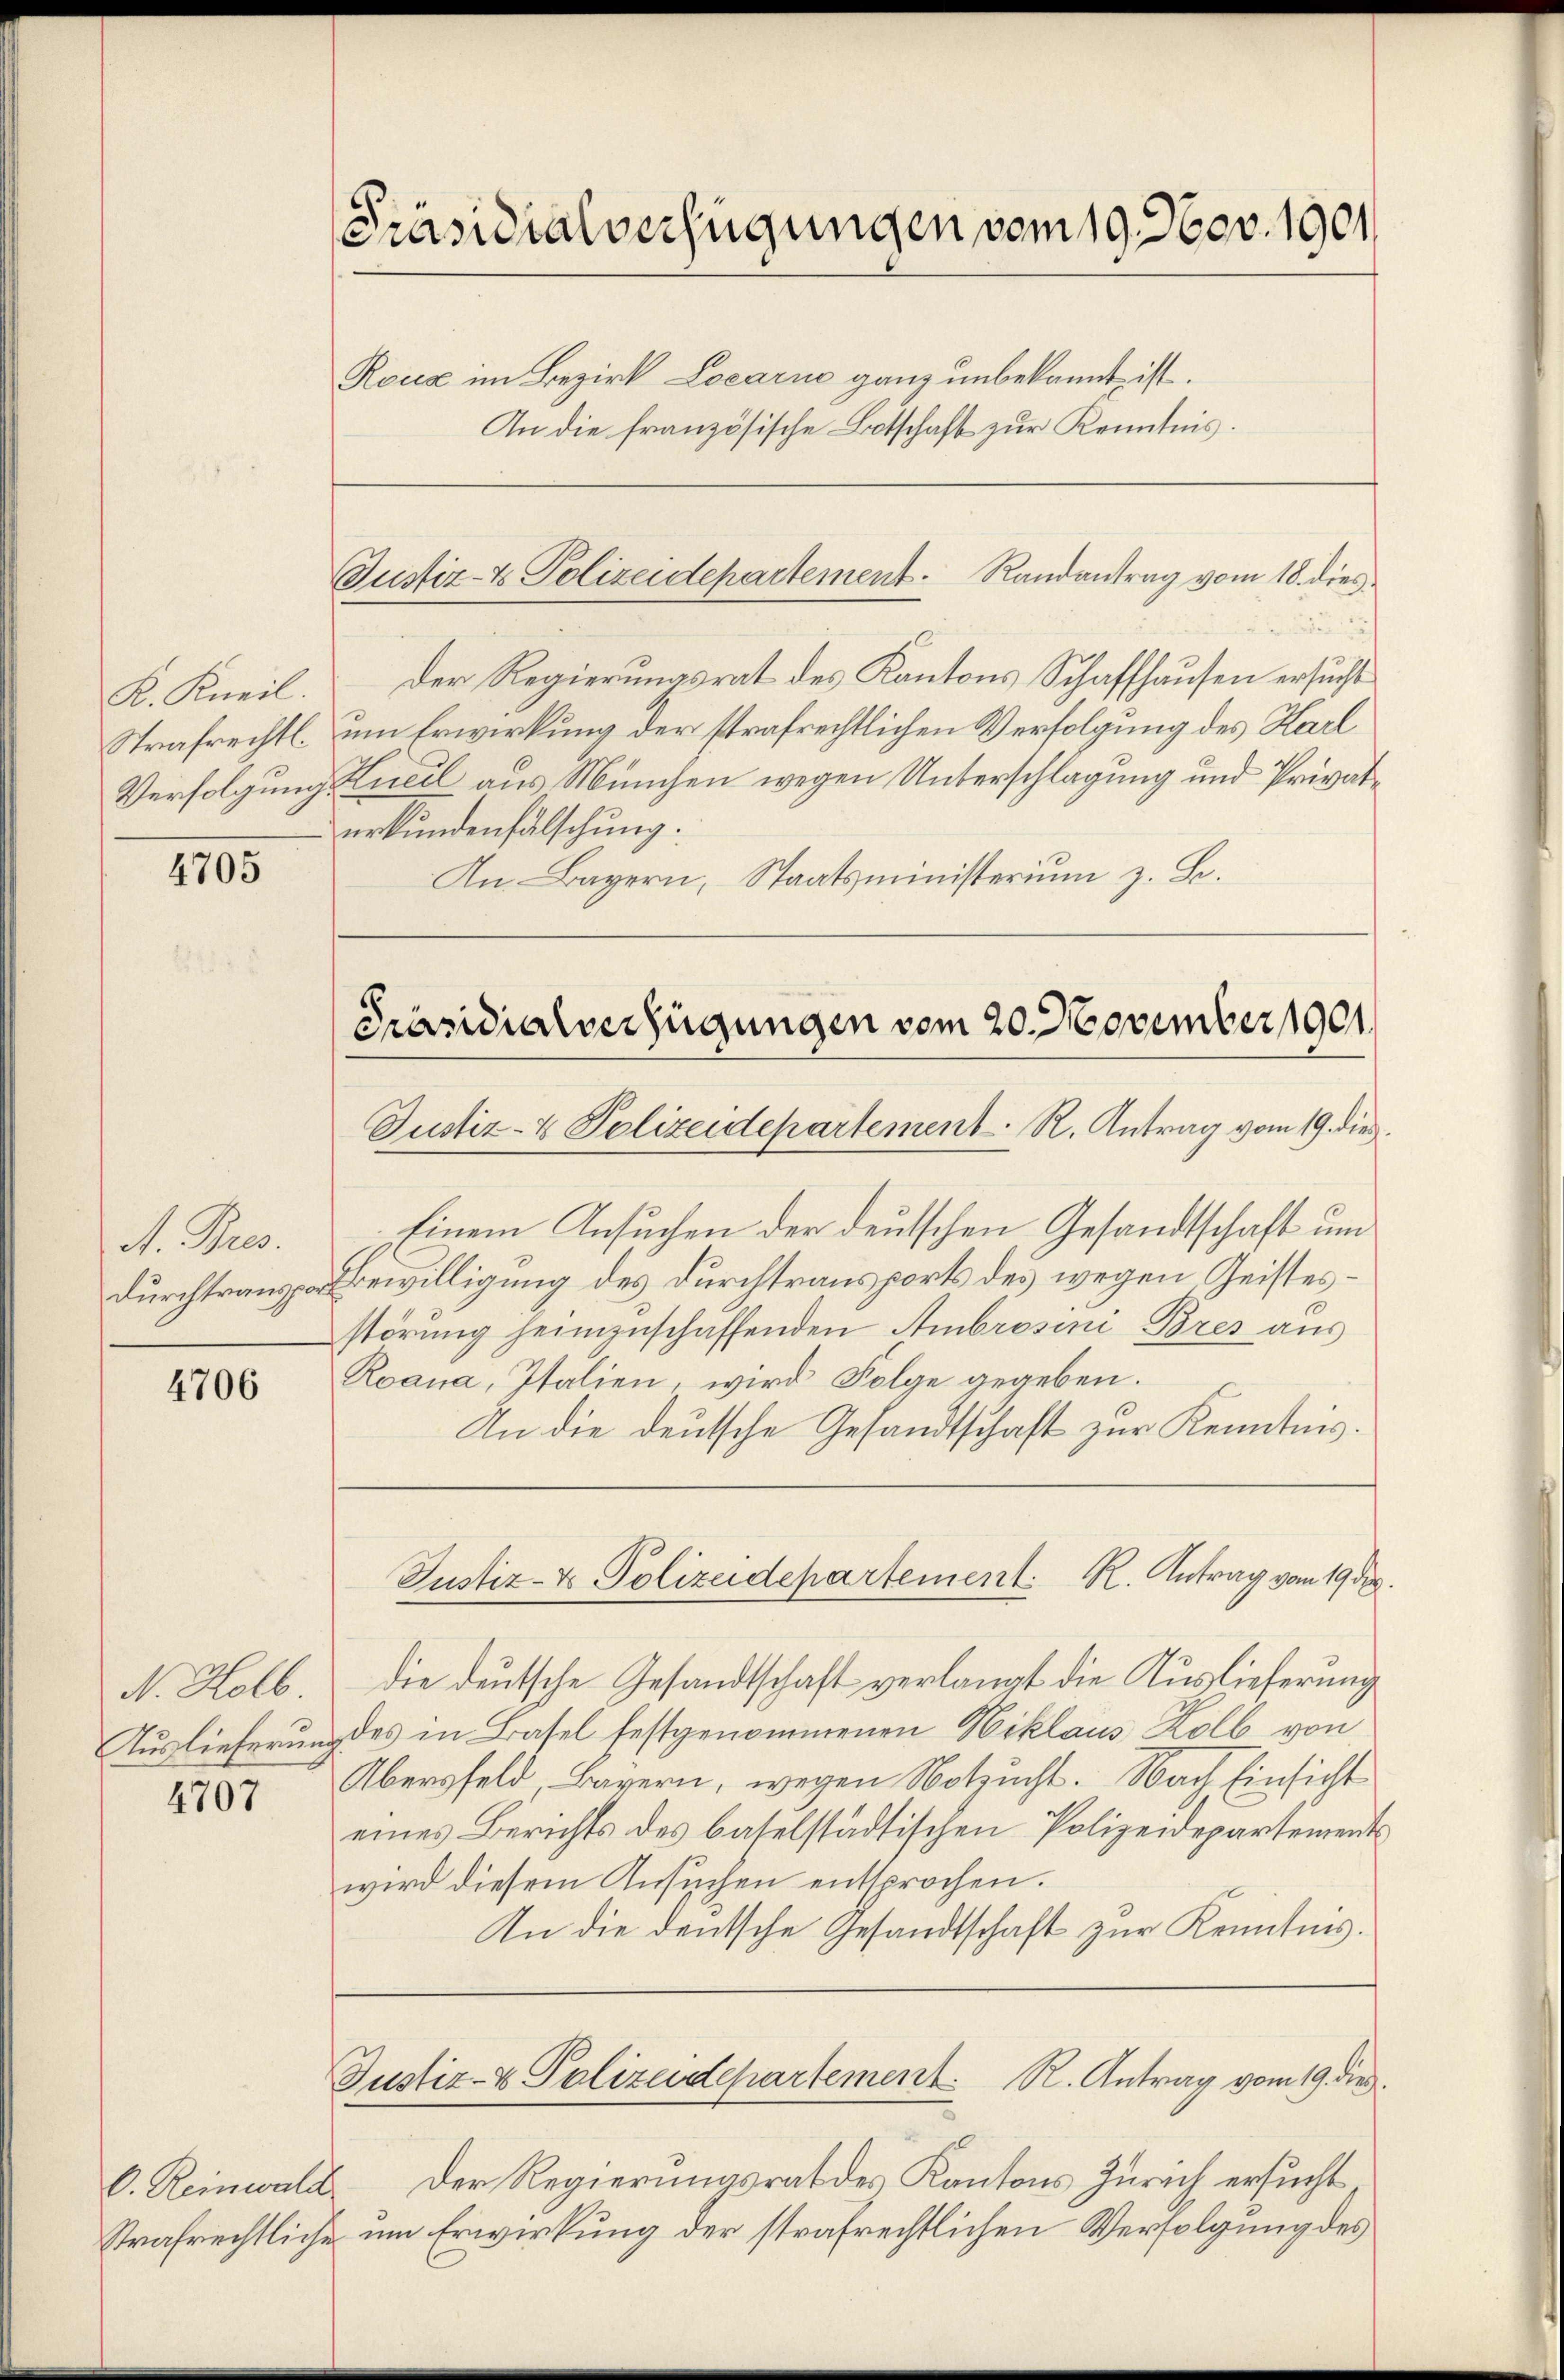
K. Kneil.
Strafrechtl.
Verfolgung.

4705

A. Bres.
Durchtranspor

4706

N. Holb
Auslieferung

4707

[Präsidialverfügungen vom 19. Nov. 1901

C. Reinwald
strafrechtliche

Roux im Bezirk Locarno ganz unbekannt ist.
An die französische Botschaft zur Kenntnis.

Justiz- & Polizeidepartement. Randantrag vom 18. dies

Präsidialverfügungen vom 20. November 1901.
Justiz- & Polizeidepartement. R. Antrag vom 19. dies

Justiz- & Polizeidepartement. R. Antrag vom 19 der

Der Regierungsrat des Kantons Schaffhausen ersucht
um Erwirkung der strafrechtlichen Verfolgung des Karl
Hueil aus München wegen Unterschlagung und Privaturkundenfalschung.
An Bayern, Staatsministerium z. B.

Einem Ansuchen der deutschen Gesandtschaft um
Bewilligung des Durchtransports des wegen Geistesstörung heimzuschaffenden Ambrosine Bres aus
Roana, Italien, wird Folge gegeben.
An die deutsche Gesandtschaft zur Kenntnis.
die deutsche Gesandtschaft verlangt die Auslieferung
des in Basel festgenommenen Niklaus Kolb von
Übersfeld, Bayern, wegen Notzucht. Nach Einsicht
eines Berichts des baselstädtischen Polizeidepartement
wird diesem Ansuchen entsprochen.
An die deutsche Gesandtschaft zŭr Kenntnis.
Justiz- & Polizeidepartement. R. Antrag vom 19. dies
Der Regierungsrat des Kantons Zürich ersucht
um Erwirkung der strafrechtlichen Verfolgung des